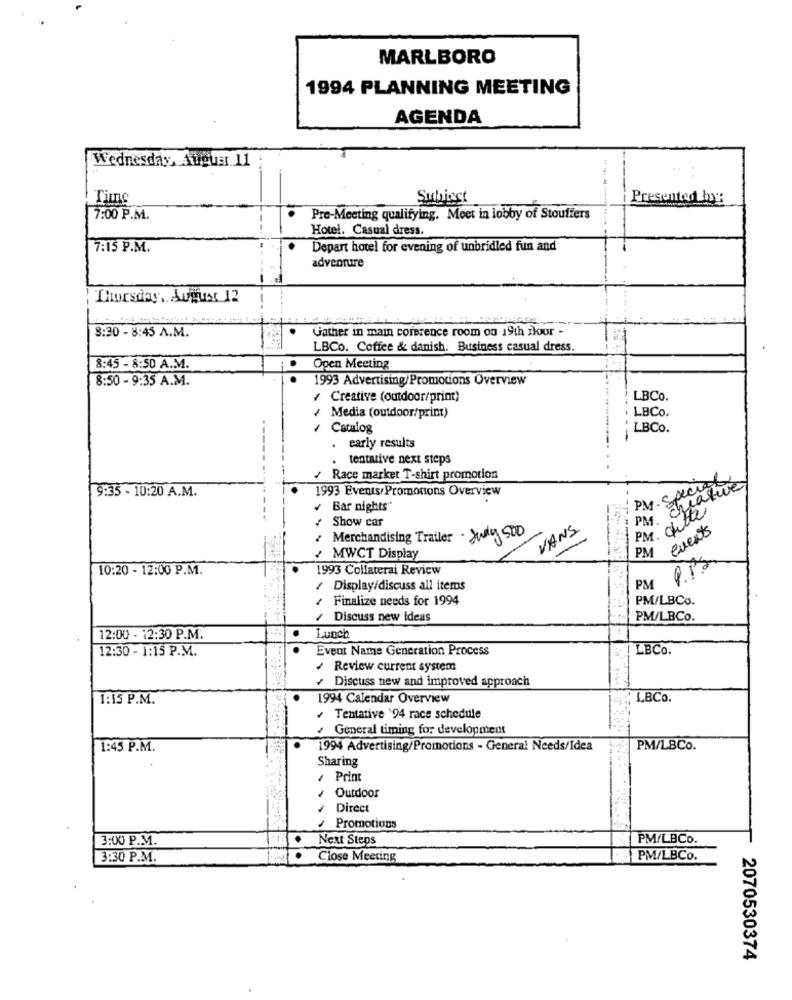
MARLBORO
1994 PLANNING MEETING
AGENDA
Wednesday, August 11
Time
Subject
Presented by:
7:00 P.M.
Pre-Meeting qualifying. Moet in lobby of Stouffers
Hotel. Casual dress.
7:15 P.M.
Depart hotel for evening of unbridled fun and
adventure
Thursday, August 12
8:30 - 8:45 A.M.
Gather in mamn corerence room ou 19th ilour -
LBCo. Coffee & danish. Business casual dress.
8:45 - 8:50 A.M.
Open Meeting
8:50 - 9:35 A.M.
1993 Advertising/Promocions Overview
Creative (outdoor/print)
LBCo.
LBCo.
Media (outdoor/print)
Catalog
LBCo.
. early results
tentative next steps
/ Race market T-shirt promotion
PM. Specielt
9:35 - 10:20 A.M.
1993 Events/Promotions Overview
PM. creative
Bar nights"
PM. dette
Show car
· July 500
VANS
events
Merchandising Trailer
PM
MWCT Display
10:20 - 12:00 P.M.
1993 Collaterai Review
Display/discuss all items
PM
Finalize needs for 1994
PM/LBCo.
Discuss new ideas
PM/LBCo.
12:00 - 12:30 P.M.
Lunch
12:30 - 1:15 P.M.
Event Name Generation Process
LBCo.
+ Review current system
/ Discuss new and improved approach
1:15 P.M.
1994 Calendar Overview
LBCO.
Tentative '94 race schedule
General timing for development
1:45 P.M.
1994 Advertising/Promotions - General Needs/Idea
PM/LBCO.
Sharing
Print
Outdoor
Direct
Promotions
3:00 P.M.
.
Next Steps
PM/LBCo.
3:30 P.M.
. Close Meeting
PM/LBCo.
2070530374